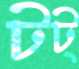
টট্